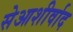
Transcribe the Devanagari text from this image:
सेआशीर्वाद